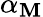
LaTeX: \alpha_{\mathbf{M}}